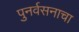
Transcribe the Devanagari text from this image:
पुनर्वसनाचा